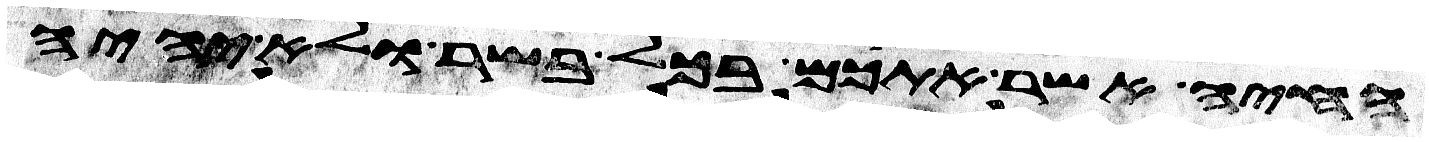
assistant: החיה אשר אתכם בכל בשר ולא יהיה